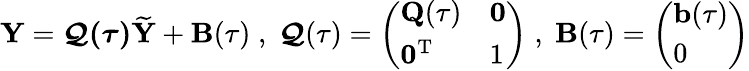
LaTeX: {\mathbf Y}=\boldsymbol{\mathcal Q(\tau)}\widetilde{{\mathbf Y}}+{\mathbf B}(\tau)\; ,\; \boldsymbol{\mathcal Q}(\tau)=\left(\begin{array}{ll}{{\mathbf Q}(\tau)}&{{\mathbf 0}}\\ {{\mathbf 0}^{{\mathrm T}}}&{1}\end{array}\right)\; ,\; {\mathbf B}(\tau)=\left(\begin{array}{l}{{\mathbf b}(\tau)}\\ {0}\end{array}\right)